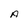
Character: A